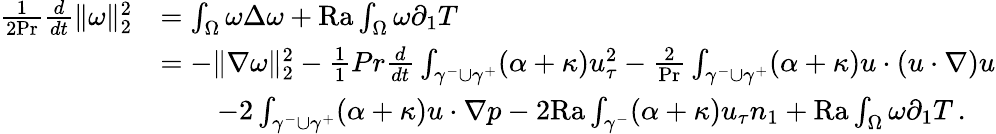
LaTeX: \begin{array}{rl}{\frac{1}{2\mathrm{Pr}}\frac{d}{dt}\| \omega\| _{2}^{2}}&{=\int_{\Omega}\omega\Delta\omega+\mathrm{{Ra}}\int_{\Omega}\omega\partial_{1}T}\\ &{=-\| \nabla\omega\| _{2}^{2}-\frac{1}{1}{{Pr}}\frac{d}{dt}\int_{\gamma^{-}\cup\gamma^{+}}(\alpha+\kappa)u_{\tau}^{2}-\frac{2}{\mathrm{Pr}}\int_{\gamma^{-}\cup\gamma^{+}}(\alpha+\kappa)u\cdot(u\cdot\nabla)u}\\ &{\qquad-2\int_{\gamma^{-}\cup\gamma^{+}}(\alpha+\kappa)u\cdot\nabla p-2\mathrm{{Ra}}\int_{\gamma^{-}}(\alpha+\kappa)u_{\tau}n_{1}+{\mathrm{Ra}}\int_{\Omega}\omega\partial_{1}T\, .}\end{array}